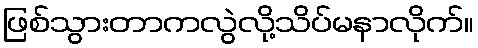
ဖြစ်သွားတာကလွဲလို့သိပ်မနာလိုက်။